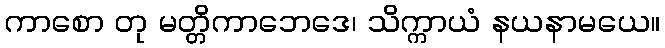
ကာစော တု မတ္တိကာဘေဒေ၊ သိက္ကာယံ နယနာမယေ။